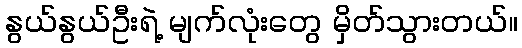
နွယ်နွယ်ဦးရဲ့ မျက်လုံးတွေ မှိတ်သွားတယ်။